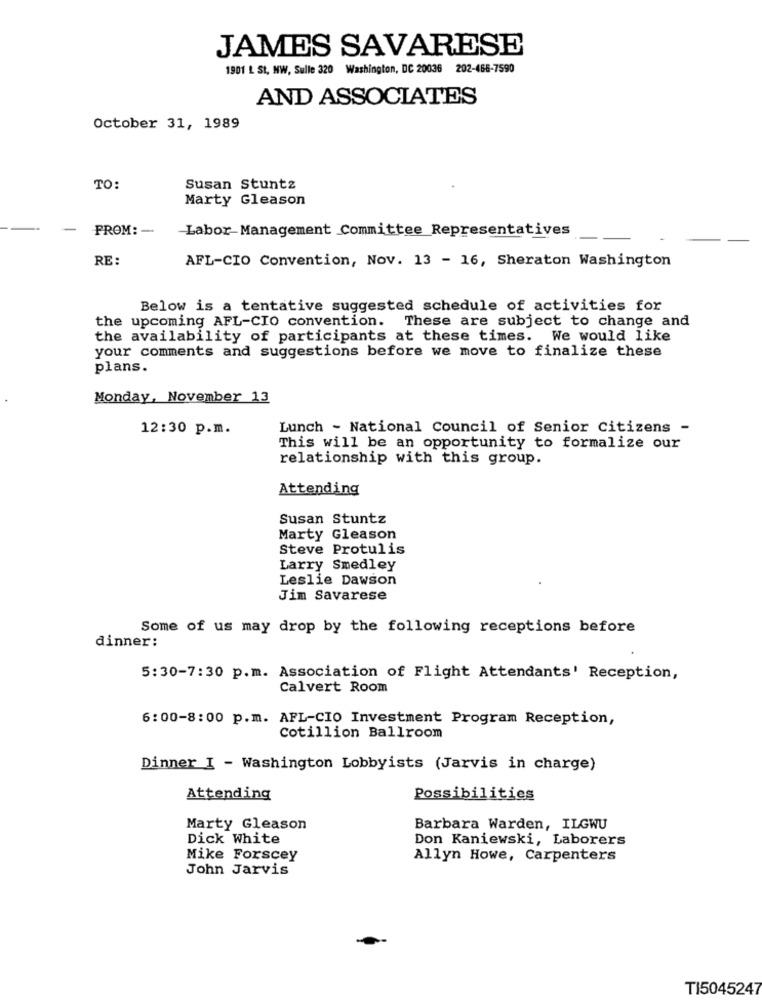
JAMES SAVARESE
1901 L St, NW, Sulle 320 Washington, DC 20036 202-466-7590
AND ASSOCIATES
October 31, 1989
TO:
Susan Stuntz
Marty Gleason
PROM: -
-Labor-Management Committee Representatives
RE :
AFL-CIO Convention, Nov. 13 - 16, Sheraton Washington
Below is a tentative suggested schedule of activities for
the upcoming AFL-CIO convention. These are subject to change and
the availability of participants at these times. We would like
your comments and suggestions before we move to finalize these
plans.
Monday, November 13
12:30 p.m.
Lunch - National Council of Senior Citizens -
This will be an opportunity to formalize our
relationship with this group.
Attending
Susan Stuntz
Marty Gleason
Steve Protulis
Larry Smedley
Leslie Dawson
Jim Savarese
Some of us may drop by the following receptions before
dinner:
5:30-7:30 p.m. Association of Flight Attendants' Reception,
Calvert Room
6:00-8:00 p.m. AFL-CIO Investment Program Reception,
Cotillion Ballroom
Dinner I - Washington Lobbyists (Jarvis in charge)
Attending
Possibilities
Marty Gleason
Barbara Warden, ILGWU
Dick White
Don Kaniewski, Laborers
Mike Forscey
Allyn Howe, Carpenters
John Jarvis
TI5045247